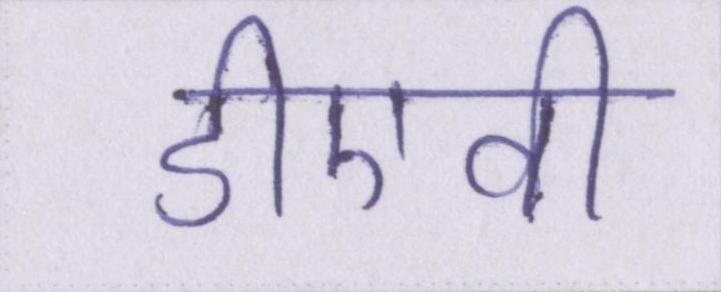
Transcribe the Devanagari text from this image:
डीएवी